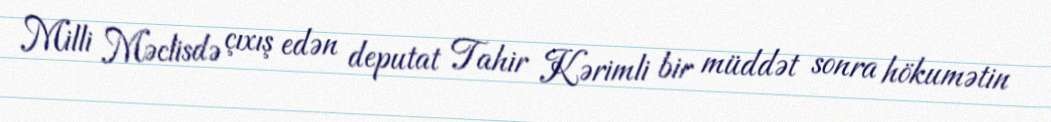
Milli Məclisdə çıxış edən deputat Tahir Kərimli bir müddət sonra hökumətin